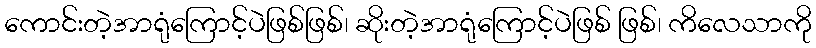
ကောင်းတဲ့အာရုံကြောင့်ပဲဖြစ်ဖြစ်၊ ဆိုးတဲ့အာရုံကြောင့်ပဲဖြစ် ဖြစ်၊ ကိလေသာကို